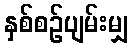
နှစ်စဉ်ပျမ်းမျှ